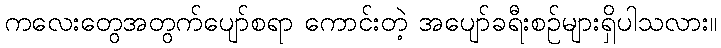
ကလေးတွေအတွက်ပျော်စရာ ကောင်းတဲ့ အပျော်ခရီးစဉ်များရှိပါသလား။